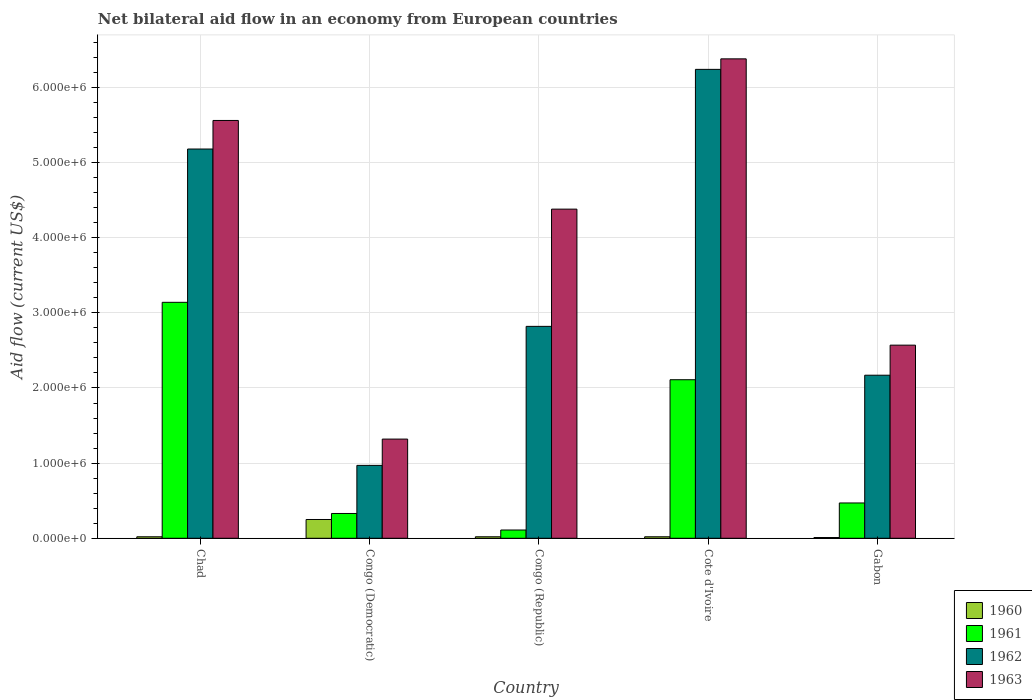
| Country | 1960 | 1961 | 1962 | 1963 |
 | --- | --- | --- | --- | --- |
 | Chad | 2e+04 | 3.14e+06 | 5.18e+06 | 5.56e+06 |
 | Congo (Democratic) | 2.5e+05 | 3.3e+05 | 9.7e+05 | 1.32e+06 |
 | Congo (Republic) | 2e+04 | 1.1e+05 | 2.82e+06 | 4.38e+06 |
 | Cote d'Ivoire | 2e+04 | 2.11e+06 | 6.24e+06 | 6.38e+06 |
 | Gabon | 1e+04 | 4.7e+05 | 2.17e+06 | 2.57e+06 |